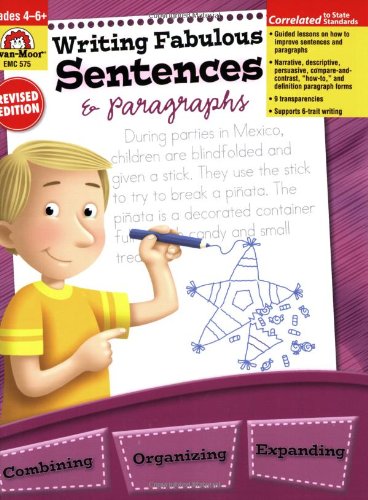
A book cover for Writing Fabulous Sentences & Paragraphs, Grades 4-EE6; Jill Norris; Reference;